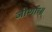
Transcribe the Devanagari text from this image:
जीर्णाः॥